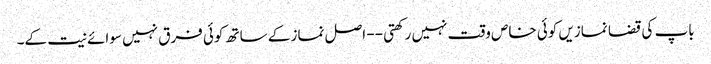
باپ کی قضا نمازیں کوئی خاص وقت نہیں رکھتی -- اصل نماز کے ساتھ کوئی فرق نہیں سوائے نیت کے۔